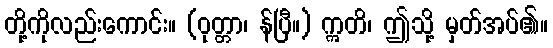
တို့ကိုလည်းကောင်း။ (ဝုတ္တာ၊ န်ပြီ။) ဣတိ၊ ဤသို့ မှတ်အပ်၏။